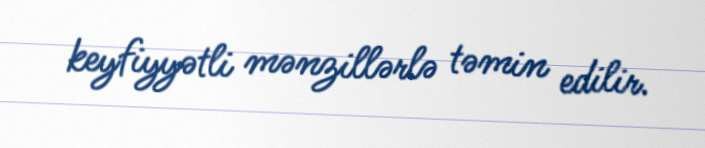
keyfiyyətli mənzillərlə təmin edilir.